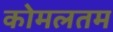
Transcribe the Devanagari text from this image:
कोमलतम